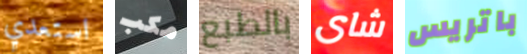
استعدي مكب بالطبع شاى باتريس